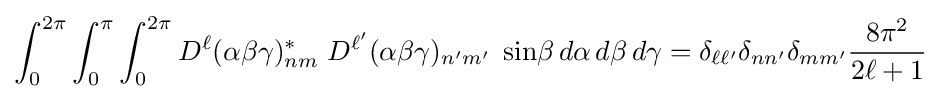
\int _{0}^{2\pi }\int _{0}^{\pi }\int _{0}^{2\pi }D^{\ell }(\alpha \beta \gamma )_{nm}^{*}\;D^{\ell '}(\alpha \beta \gamma )_{n'm'}\;\sin \!\beta \,d\alpha \,d\beta \,d\gamma =\delta _{\ell \ell '}\delta _{nn'}\delta _{mm'}{\frac {8\pi ^{2}}{2\ell +1}}